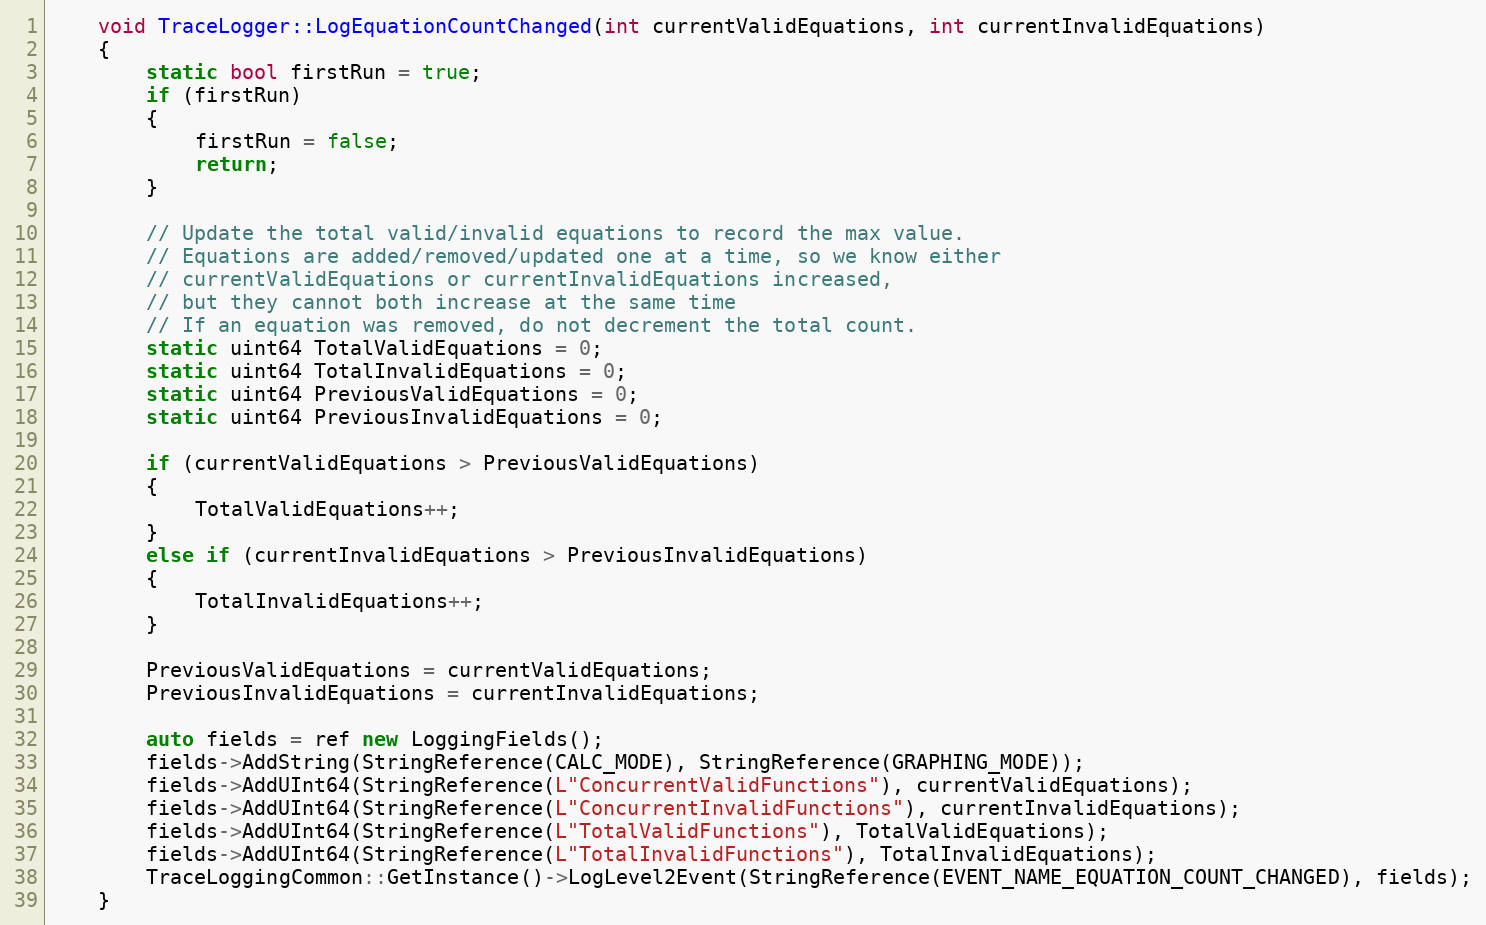
Language: C++
    void TraceLogger::LogEquationCountChanged(int currentValidEquations, int currentInvalidEquations)
    {
        static bool firstRun = true;
        if (firstRun)
        {
            firstRun = false;
            return;
        }

        // Update the total valid/invalid equations to record the max value.
        // Equations are added/removed/updated one at a time, so we know either
        // currentValidEquations or currentInvalidEquations increased,
        // but they cannot both increase at the same time
        // If an equation was removed, do not decrement the total count.
        static uint64 TotalValidEquations = 0;
        static uint64 TotalInvalidEquations = 0;
        static uint64 PreviousValidEquations = 0;
        static uint64 PreviousInvalidEquations = 0;

        if (currentValidEquations > PreviousValidEquations)
        {
            TotalValidEquations++;
        }
        else if (currentInvalidEquations > PreviousInvalidEquations)
        {
            TotalInvalidEquations++;
        }

        PreviousValidEquations = currentValidEquations;
        PreviousInvalidEquations = currentInvalidEquations;

        auto fields = ref new LoggingFields();
        fields->AddString(StringReference(CALC_MODE), StringReference(GRAPHING_MODE));
        fields->AddUInt64(StringReference(L"ConcurrentValidFunctions"), currentValidEquations);
        fields->AddUInt64(StringReference(L"ConcurrentInvalidFunctions"), currentInvalidEquations);
        fields->AddUInt64(StringReference(L"TotalValidFunctions"), TotalValidEquations);
        fields->AddUInt64(StringReference(L"TotalInvalidFunctions"), TotalInvalidEquations);
        TraceLoggingCommon::GetInstance()->LogLevel2Event(StringReference(EVENT_NAME_EQUATION_COUNT_CHANGED), fields);
    }